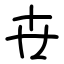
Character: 卋